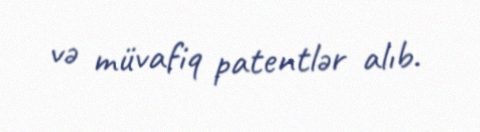
və müvafiq patentlər alıb.